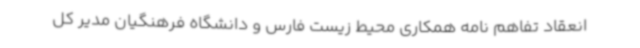
انعقاد تفاهم نامه همکاری محیط زیست فارس و دانشگاه فرهنگیان مدیر کل